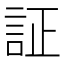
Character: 証